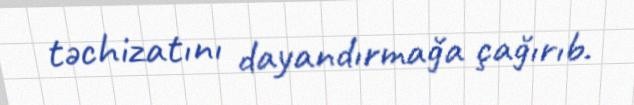
təchizatını dayandırmağa çağırıb.